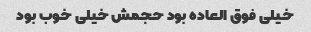
خیلی فوق العاده بود حجمش خیلی خوب بود